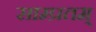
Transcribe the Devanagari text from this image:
साम्प्रतम्